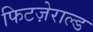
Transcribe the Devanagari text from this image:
फिटज़ेराल्ड